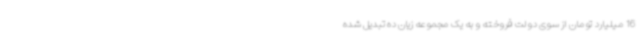
16 میلیارد تومان از سوی دولت فروخته و به یک مجموعه زیان ده تبدیل شده